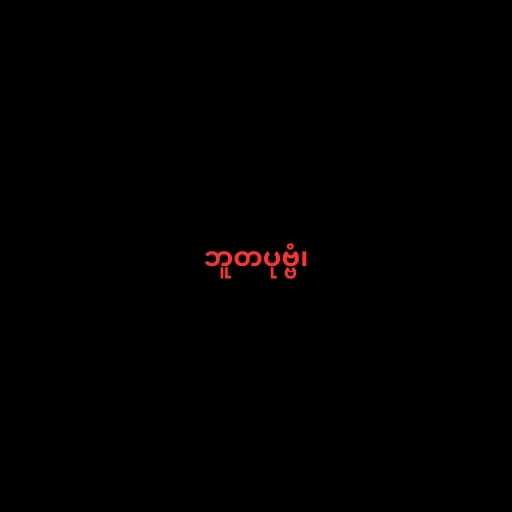
ဘူတပုဗ္ဗံ၊